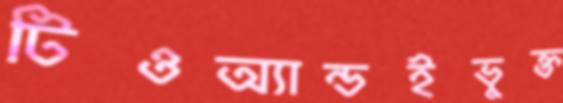
টিওঅ্যান্ডইভুক্ত